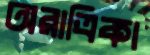
অরাত্রিকা